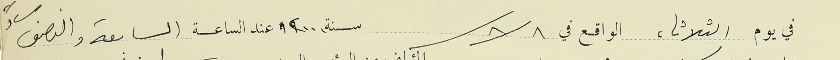
في يوم الثلاثاء الواقع في ٨/ ٨ سنة ٢٠٠٠ عند الساعة السابعة والنصف مساءً